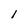
Character: 1